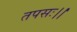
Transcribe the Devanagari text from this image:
तपसः।।